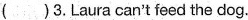
( )3. Laura can't feed the dog.